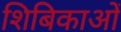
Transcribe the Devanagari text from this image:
शिबिकाओं